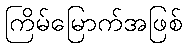
ကြိမ်မြောက်အဖြစ်